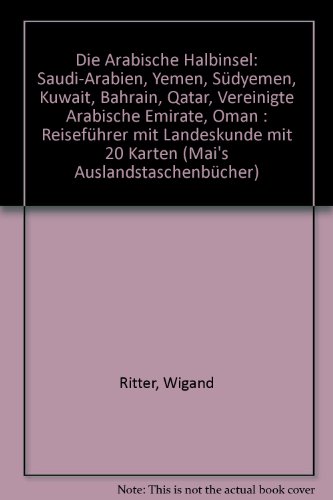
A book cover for Die arabische Halbinsel: Saudi-Arabien, Yemen, Sudyemen, Kuwait, Bahrain, Qatar, Vereinigte Arabische Emirate, Oman : Reisefuhrer mit Landeskunde (Mai's Auslandtaschenbuch ; Nr. 34) (German Edition); Wigand Ritter; Travel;